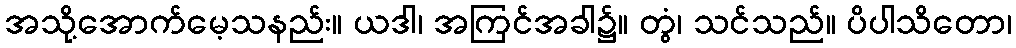
အသို့အောက်မေ့သနည်း။ ယဒါ၊ အကြင်အခါ၌။ တွံ၊ သင်သည်။ ပိပါသိတော၊